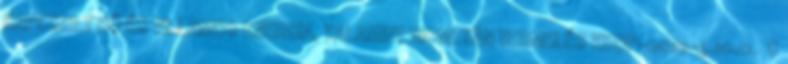
KAPCSOLT HŐ ÉS VILLAMOS ENERGIA, VALAMINT BIOMETÁN TERMELÉS KEOP-2012-4.10.0. C